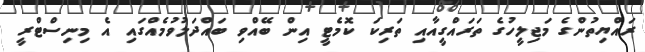
ރައްޔިތުންގެ މަޖިލީހުގެ ތަރައްގީއާއި ތަރިކަ ކޮމެޓީ އިން ބޭއްވި ބައްދަލުވުމެއްގައި އެ މިނިސްޓްރީ